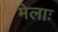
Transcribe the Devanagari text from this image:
मेलाः